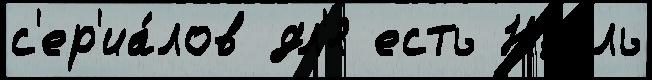
с'ер'иа́лов дл'я есть Ноэль